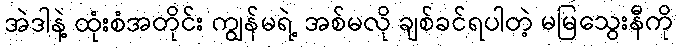
အဲဒါနဲ့ ထုံးစံအတိုင်း ကျွန်မရဲ့ အစ်မလို ချစ်ခင်ရပါတဲ့ မမြသွေးနီကို